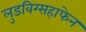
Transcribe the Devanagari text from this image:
लुडविग्सहाफेन